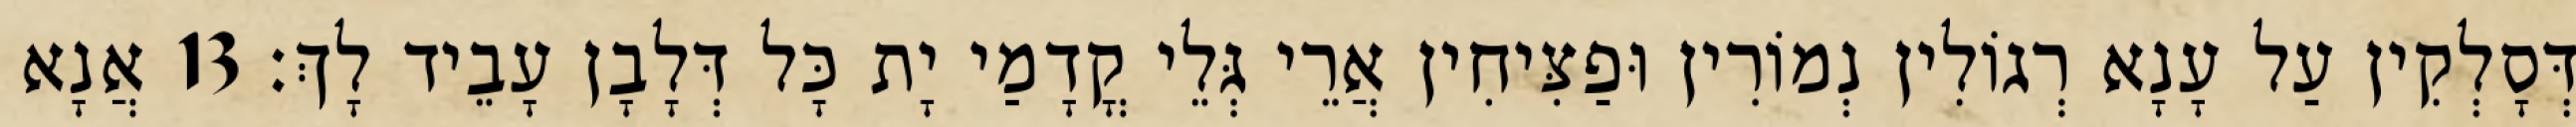
דְּסָלְקִין עַל עָנָא רְגוֹלִין נְמוֹרִין וּפַצִּיחִין אֲרֵי גְּלֵי קֳדָמַי יָת כָּל דְּלָבָן עָבֵיד לָךְ׃ 13 אֲנָא